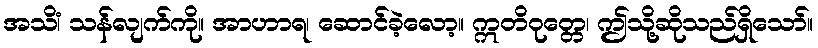
အသိံ၊ သန်လျက်ကို။ အာဟာရ၊ ဆောင်ခဲ့လော့။ ဣတိဝုတ္တေ၊ ဤသို့ဆိုသည်ရှိသော်။